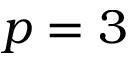
p = 3